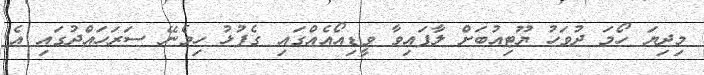
މިދިޔަ ހޯމަ ދުވަހު ޔޫޓިއުބަށް ލާފައިވާ ވީޑިއޯއެއްގައި ގެފުޅު ހިމެނޭ ސަރަހައްދުގައި އެ